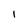
Character: l